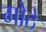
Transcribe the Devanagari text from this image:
गोठे